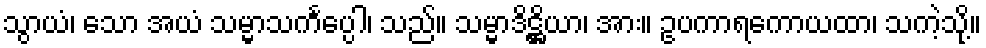
သွာယံ၊ သော အယံ သမ္မာသင်္ကပ္ပေါ၊ သည်။ သမ္မာဒိဋ္ဌိယာ၊ အား။ ဥပကာရကောယထာ၊ သကဲ့သို့။